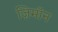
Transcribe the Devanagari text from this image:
ज़िमाॅन